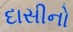
દાસીનો